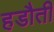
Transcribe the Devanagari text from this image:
हडौती